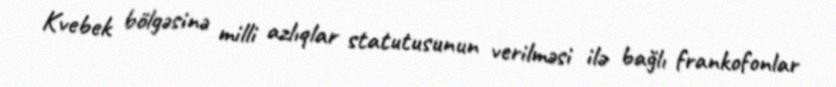
Kvebek bölgəsinə milli azlıqlar statutusunun verilməsi ilə bağlı frankofonlar